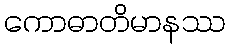
ကောဓာတိမာနဿ